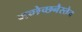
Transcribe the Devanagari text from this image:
गच्छेच्छनैस्तेन